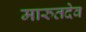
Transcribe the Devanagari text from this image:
मारुतदेव